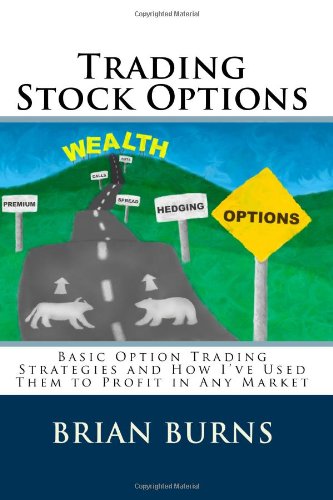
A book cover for Trading Stock Options: Basic Option Trading Strategies And How I've Used Them To Profit In Any Market; Brian Burns; Business & Money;